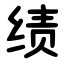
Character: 绩